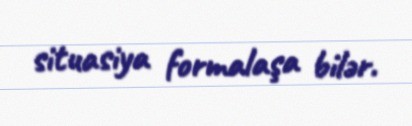
situasiya formalaşa bilər.